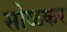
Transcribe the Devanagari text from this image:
सोळकर